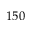
1 5 0